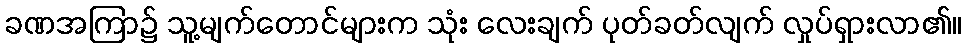
ခဏအကြာ၌ သူ့မျက်တောင်များက သုံး လေးချက် ပုတ်ခတ်လျက် လှုပ်ရှားလာ၏။